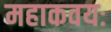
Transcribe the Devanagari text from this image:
महाकवयः